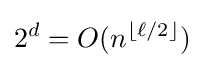
2^{d}=O(n^{\lfloor \ell /2\rfloor })